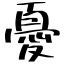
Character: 憂